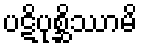
ပဋိပုစ္ဆိဿာမိ